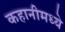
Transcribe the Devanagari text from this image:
कहानीमध्ये